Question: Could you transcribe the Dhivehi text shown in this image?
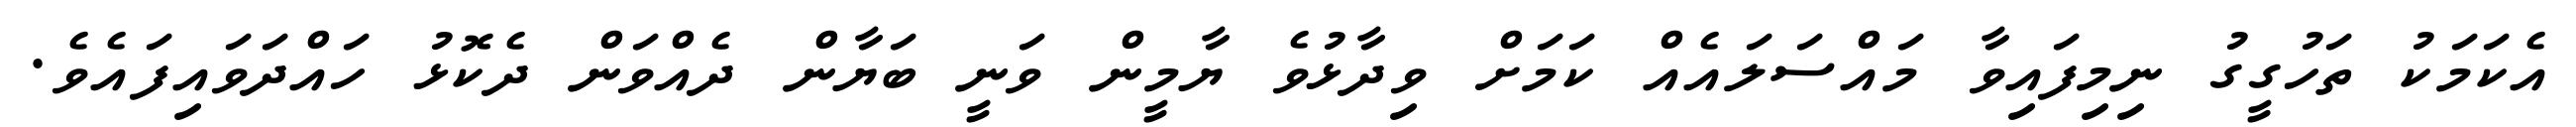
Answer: އެކަމަކު ތަހުގީގު ނިމިފައިވާ މައްސަލައެއް ކަމަށް ވިދާޅުވެ ޔާމީން ވަނީ ބަޔާން ދެއްވަން ދެކޮޅު ހައްދަވައިފައެވެ.